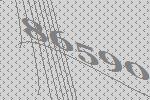
86590